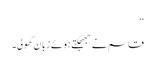
‘‘
قاسم نے جھجکتے ہوئے زبان کھولی۔